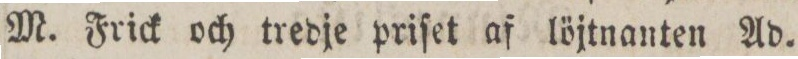
M. Frick och tredje prifet af löjtnanten Ad.